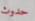
حدوث